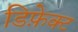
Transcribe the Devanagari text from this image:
डिफ़ेक्ट